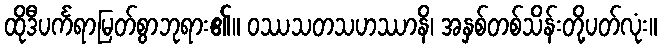
ထိုဒီပင်္ကရာမြတ်စွာဘုရား၏။ ဝဿသတသဟဿာနိ၊ အနှစ်တစ်သိန်းတို့ပတ်လုံး။